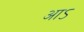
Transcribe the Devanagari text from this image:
आऽ